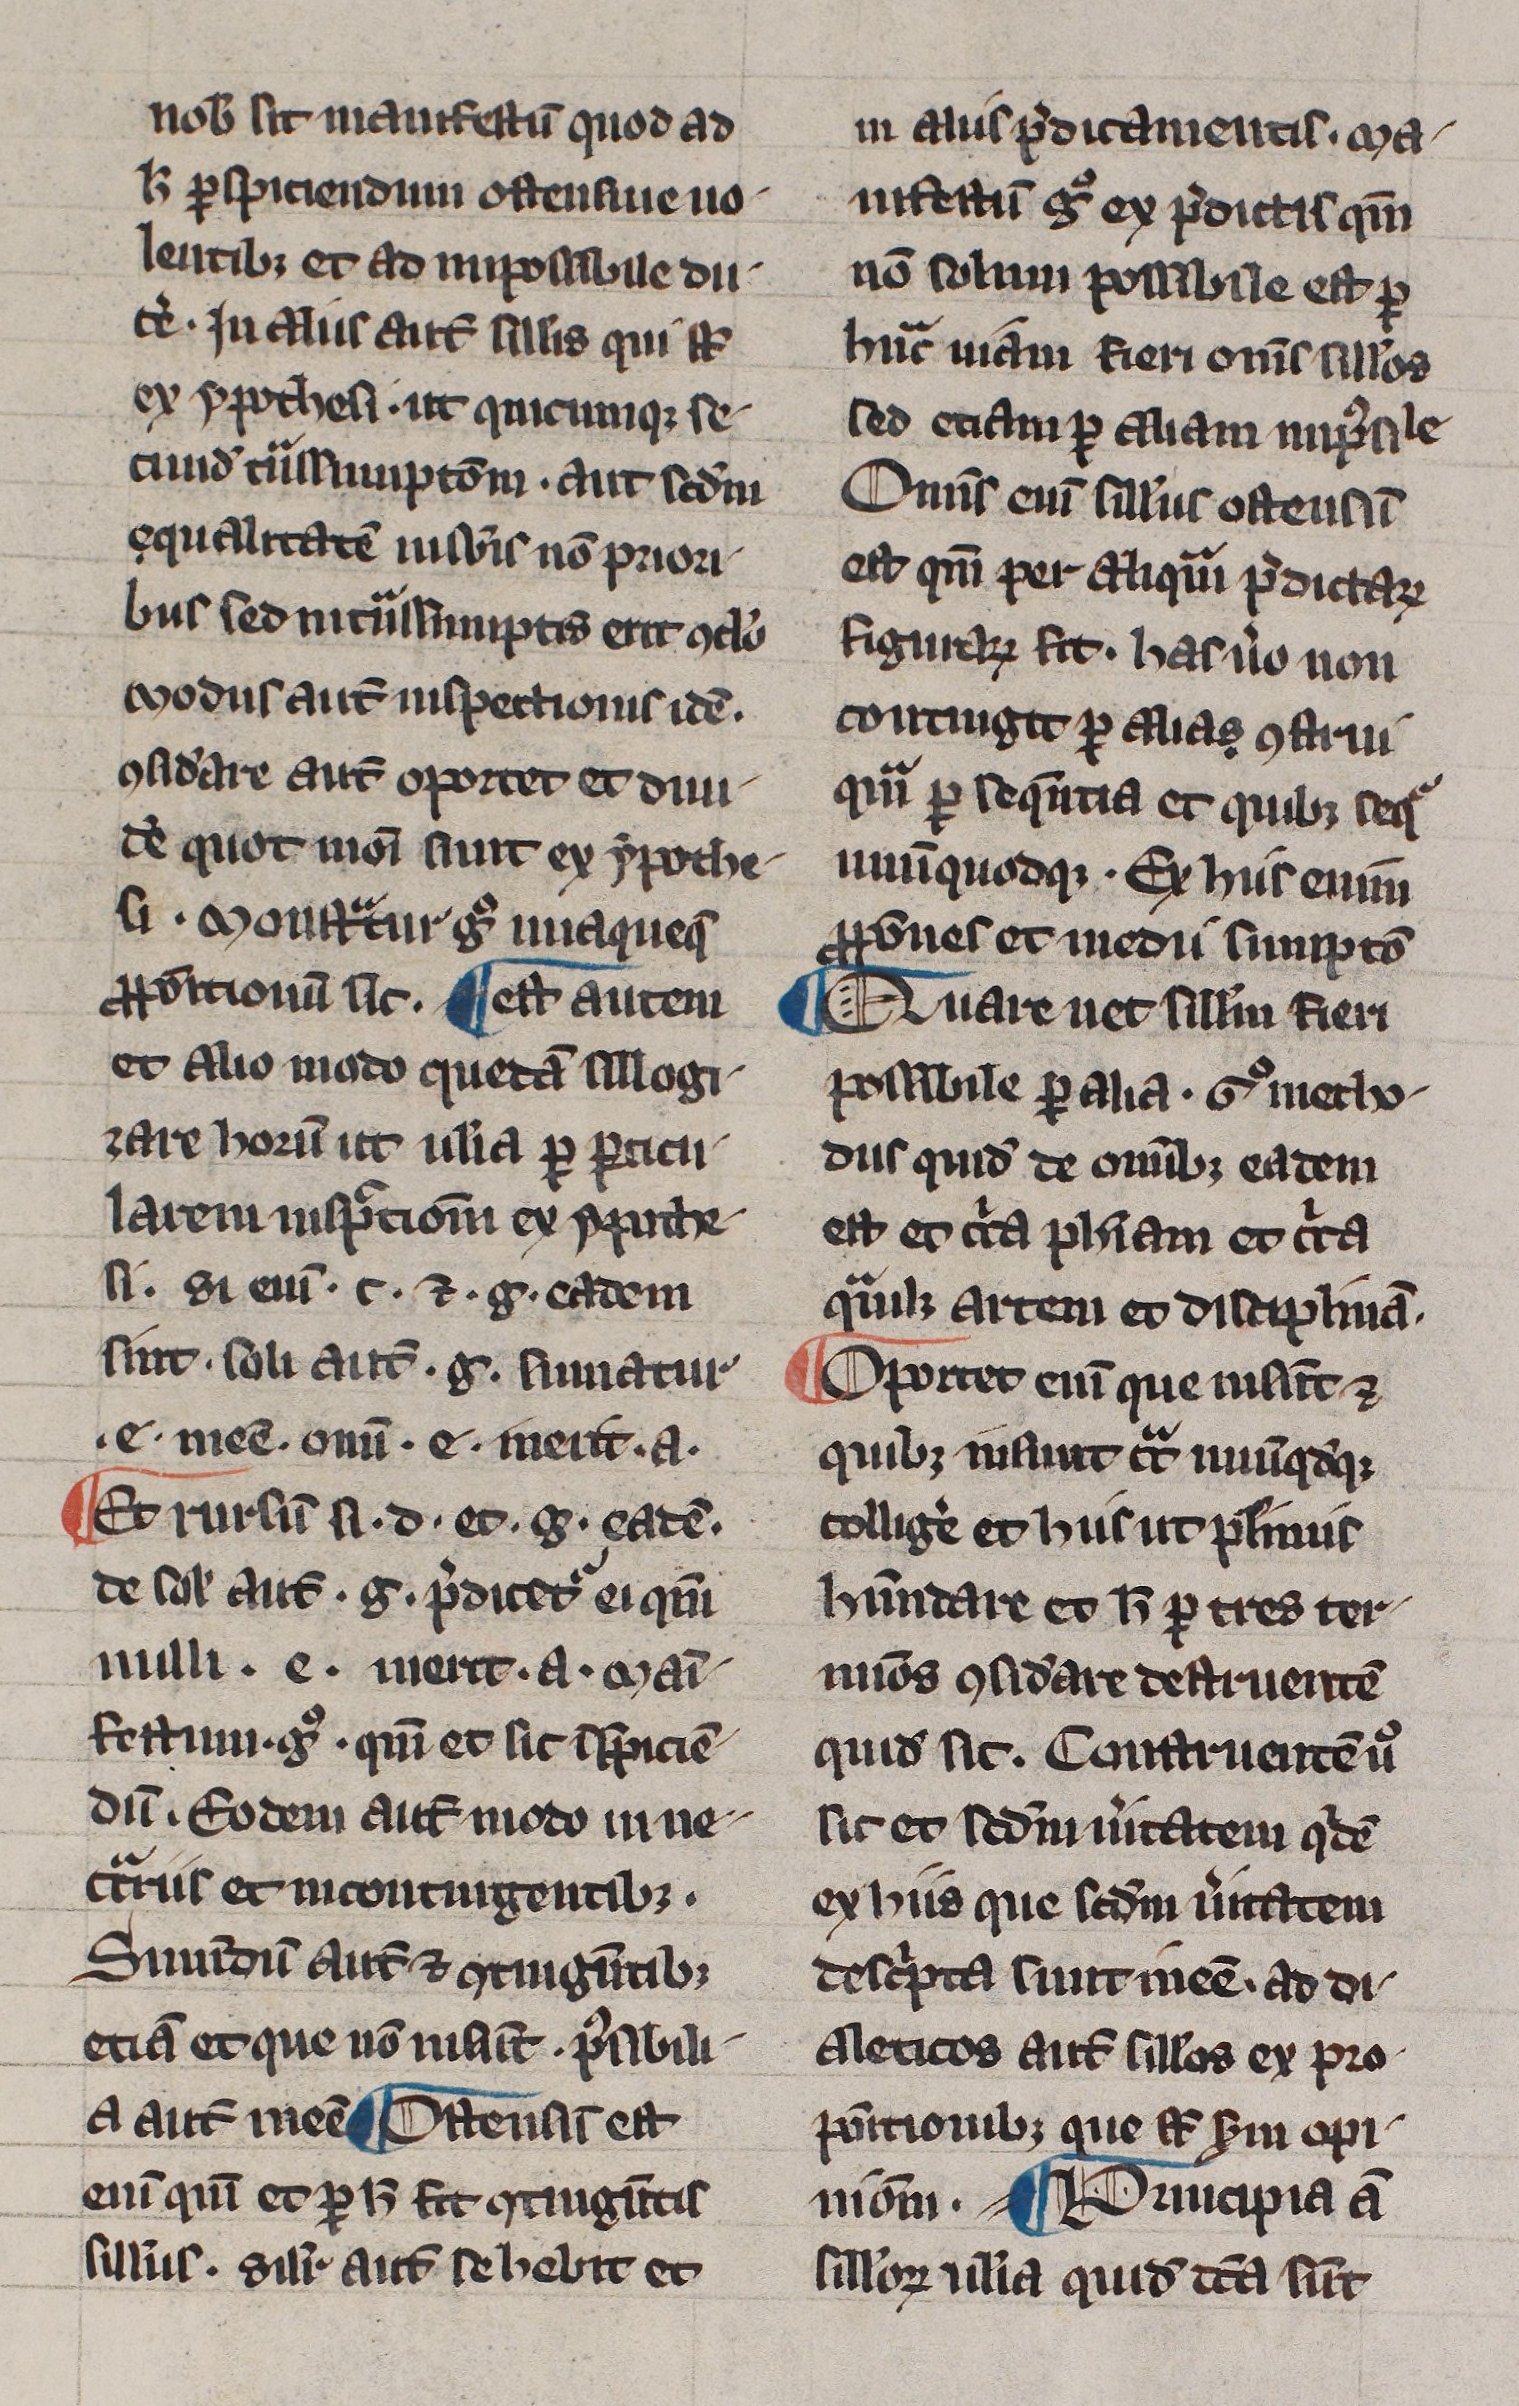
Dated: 1300–1330